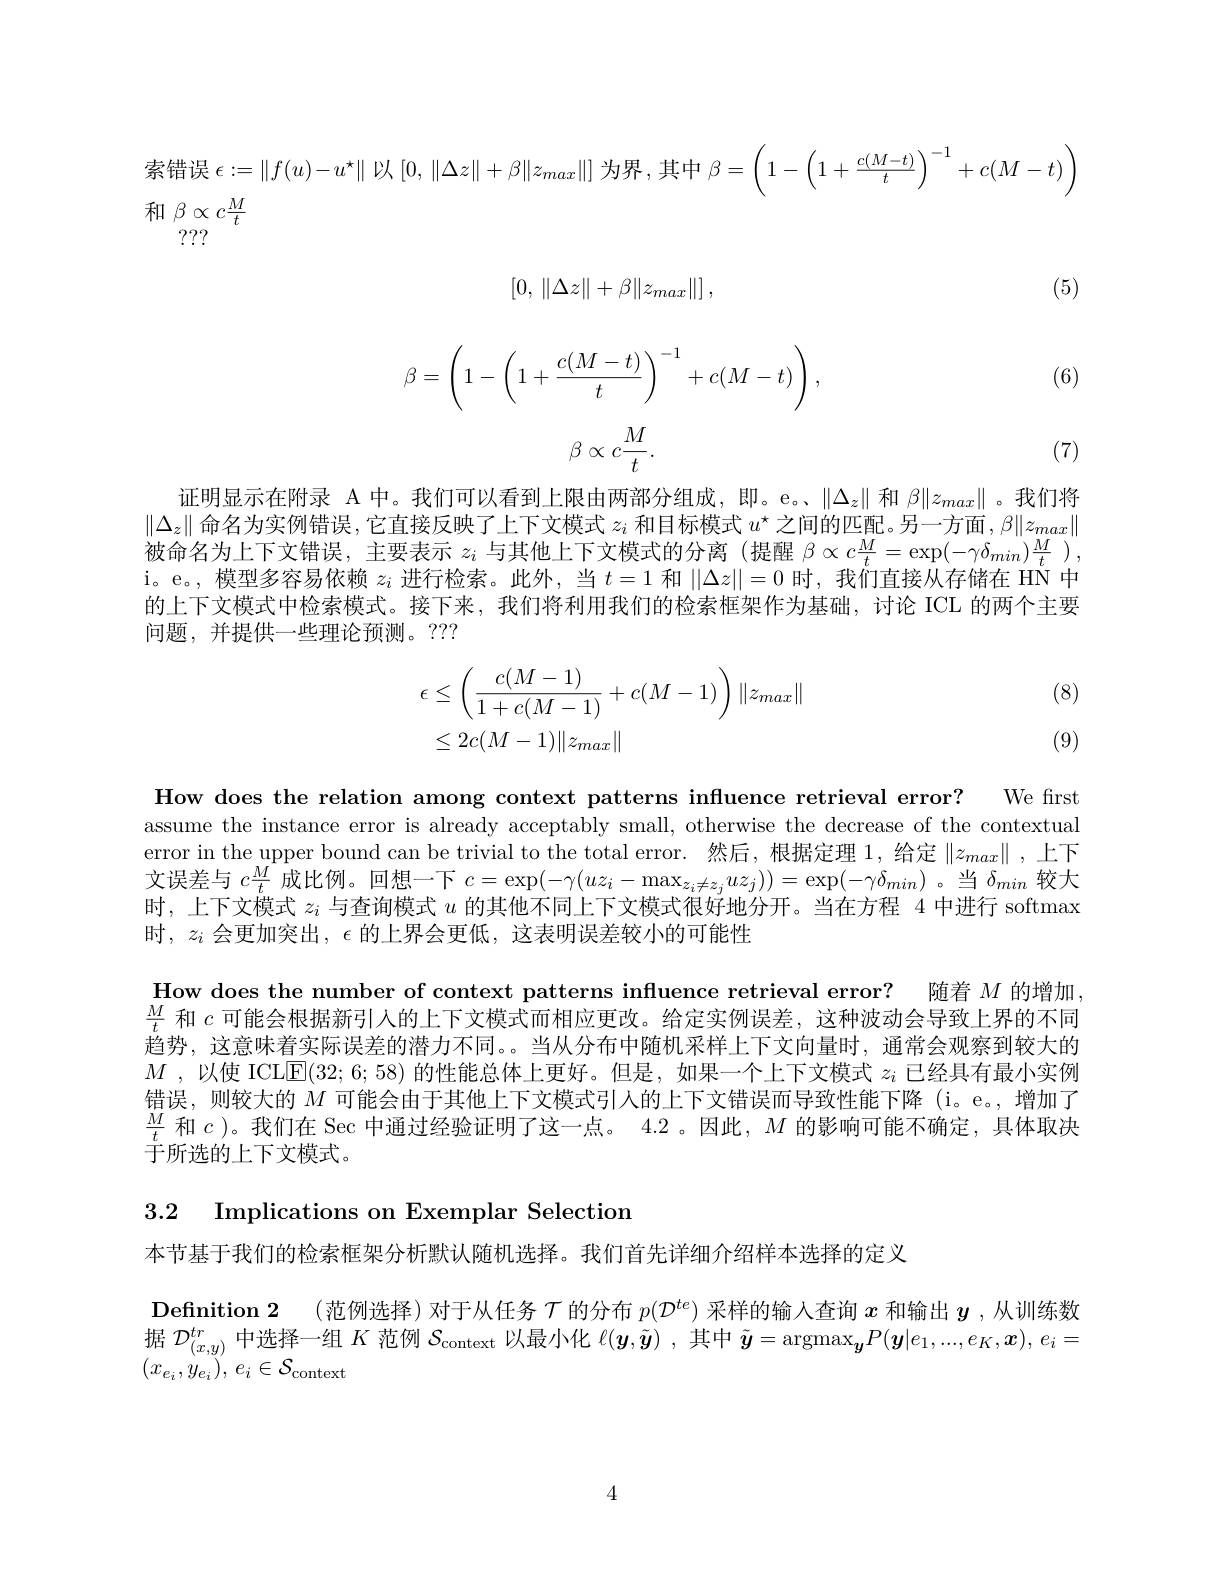
索错误$\epsilon:=\|f(u)-u^\star\|$以$[0,\|\Delta z\|+\beta\|z_{max}\|]$为界 , 其中$\beta=\left(1-\left(1+\frac{c(M-t)}{t}\right)^{-1}+c(M-t)\right)$
和$\beta\propto c\frac Mt$
???
$$[0,\:\|\Delta z\|+\beta\|z_{max}\|]\:,$$
(5)

(6)
$$\beta=\left(1-\left(1+\frac{c(M-t)}{t}\right)^{-1}+c(M-t)\right),$$
$$\beta\propto c\frac{M}{t}.$$
(7)

证明显示在附录 A 中。我们可以看到上限由两部分组成，即。e。、$\|\Delta_z\|$和$\beta\|z_{max}\|$。我们将$\|\Delta_z\|$命名为实例错误，它直接反映了上下文模式$z_i$和目标模式$u^\star$之间的匹配。另一方面，$\beta\|z_{max}\|$ 被命名为上下文错误，主要表示$z_i$与其他上下文模式的分离(提醒$\beta\propto c\frac Mt=\exp(-\gamma\delta_{min})\frac Mt)$, i。e。模型多容易依赖$z_i$进行检索。此外，当$t=1$和$\|\Delta z\|=0$时，我们直接从存储在 HN 中的上下文模式中检索模式。接下来，我们将利用我们的检索框架作为基础，讨论 ICL 的两个主要问题，并提供一些理论预测。???

(8)
$$\begin{aligned}\epsilon&\leq\left(\frac{c(M-1)}{1+c(M-1)}+c(M-1)\right)\|z_{max}\|\\&\leq2c(M-1)\|z_{max}\|\end{aligned}$$
(9)

How does the relation among context patterns influence retrieval error? We first

assume the instance error is already acceptably small, otherwise the decrease of the contextual error in the upper bound can be trivial to the total error. 然后，根据定理 1,给定$\|z_max\|$ ,上下文误差与$c\frac Mt$成比例。回想一下$c=\exp(-\gamma(uz_i-\max_{z_i\neq z_j}uz_j))=\exp(-\gamma\delta_{min})$ 。当$\delta_min$较大时，上下文模式$z_i$与查询模式$u$的其他不同上下文模式很好地分开。当在方程 4 中进行 softmax 时，$z_{i}$会更加突出，$\epsilon$的上界会更低，这表明误差较小的可能性

How does the number of context patterns influence retrieval error? 随着$M$的增加， $\frac Mt$和$c$可能会根据新引入的上下文模式而相应更改。给定实例误差，这种波动会导致上界的不同趋势，这意味着实际误差的潜力不同。。当从分布中随机采样上下文向量时，通常会观察到较大的$M$ , $以 使$ ICLE(32; 6; 58) 的性能总体上更好。但是，如果一个上下文模式 $z_i$ 已经具有最小实例错误，则较大的$M$可能会由于其他上下文模式引入的上下文错误而导致性能下降 (i。e。,增加了$\frac Mt$和$c$ )。我们在 Sec 中通过经验证明了这一点。4.2。因此，$M$的影响可能不确定，具体取决于所选的上下文模式。

3.2 Implications on Exemplar Selection

本节基于我们的检索框架分析默认随机选择。我们首先详细介绍样本选择的定义
Definition 2 (范例选择)对于从任务$\mathcal{T}$的分布$p(\mathcal{D}^{te})$采样的输人查询$x$和输出$\boldsymbol{y}$ ,从训练数据$\mathcal{D}_{(x,y)}^{tr}$中选择一组$K$范例$S_\mathrm{context}$以最小化$\ell(\boldsymbol y,\tilde{\boldsymbol{y}})$ ,其中$\tilde{\boldsymbol{y}}=\underset{\boldsymbol{a}}{\operatorname*{\mathrm{argmax}}}P(\boldsymbol{y}|e_1,...,e_K,\boldsymbol{x}),e_i=$ $( x_{e_i}, y_{e_i}) $, $e_i\in \mathcal{S} _{\mathrm{context}}$

4